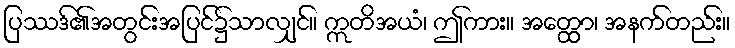
ပြဿဒ်၏အတွင်းအပြင်၌သာလျှင်။ ဣတိအယံ၊ ဤကား။ အတ္ထော၊ အနက်တည်း။